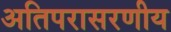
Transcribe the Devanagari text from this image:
अतिपरासरणीय